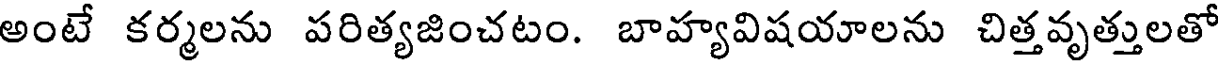
అంటే కర్మలను పరిత్యజించటం. బాహ్యవిషయాలను చిత్తవృత్తులతో